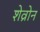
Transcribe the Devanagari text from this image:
शेव्रोन